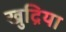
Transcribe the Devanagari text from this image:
खुद्रिया